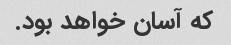
که آسان خواهد بود.